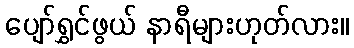
ပျော်ရွှင်ဖွယ် နာရီများဟုတ်လား။